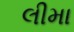
લીમા